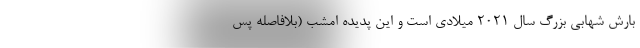
بارش شهابی بزرگ سال ۲۰۲۱ میلادی است و این پدیده امشب (بلافاصله پس